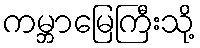
ကမ္ဘာမြေကြီးသို့